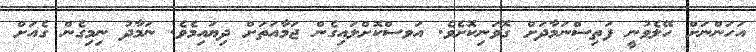
އަހަންނަށް ހޭލެވުނީ ފަތިސްނަމާދަށް ގޮވަނިކޮށެވެ. އަވސްކޮށްލައިގެން ޖަމާއަތަށް ދިޔައިމެވެ. ނަމާދު ނިމިގެން ގެއަށް